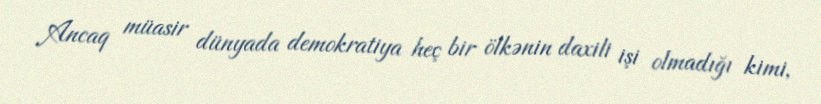
Ancaq müasir dünyada demokratiya heç bir ölkənin daxili işi olmadığı kimi,